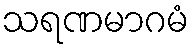
သရဏမာဂမံ